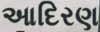
આદિરણ